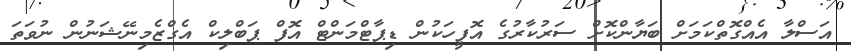
އަސްލާ އެއްގޮތްކަމަށް ބަޔާންކޮށް ސަރުކާރުގެ އޮފީހަކުން ޑިޕާޓްމަންޓް އޮފް ޕަބްލިކް އެގްޒެމިނޭޝަނުން ނުވަތަ